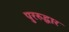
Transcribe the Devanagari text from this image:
पुररुद्धार